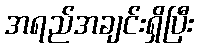
အရည်အချင်းရှိပြီး